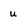
Character: u